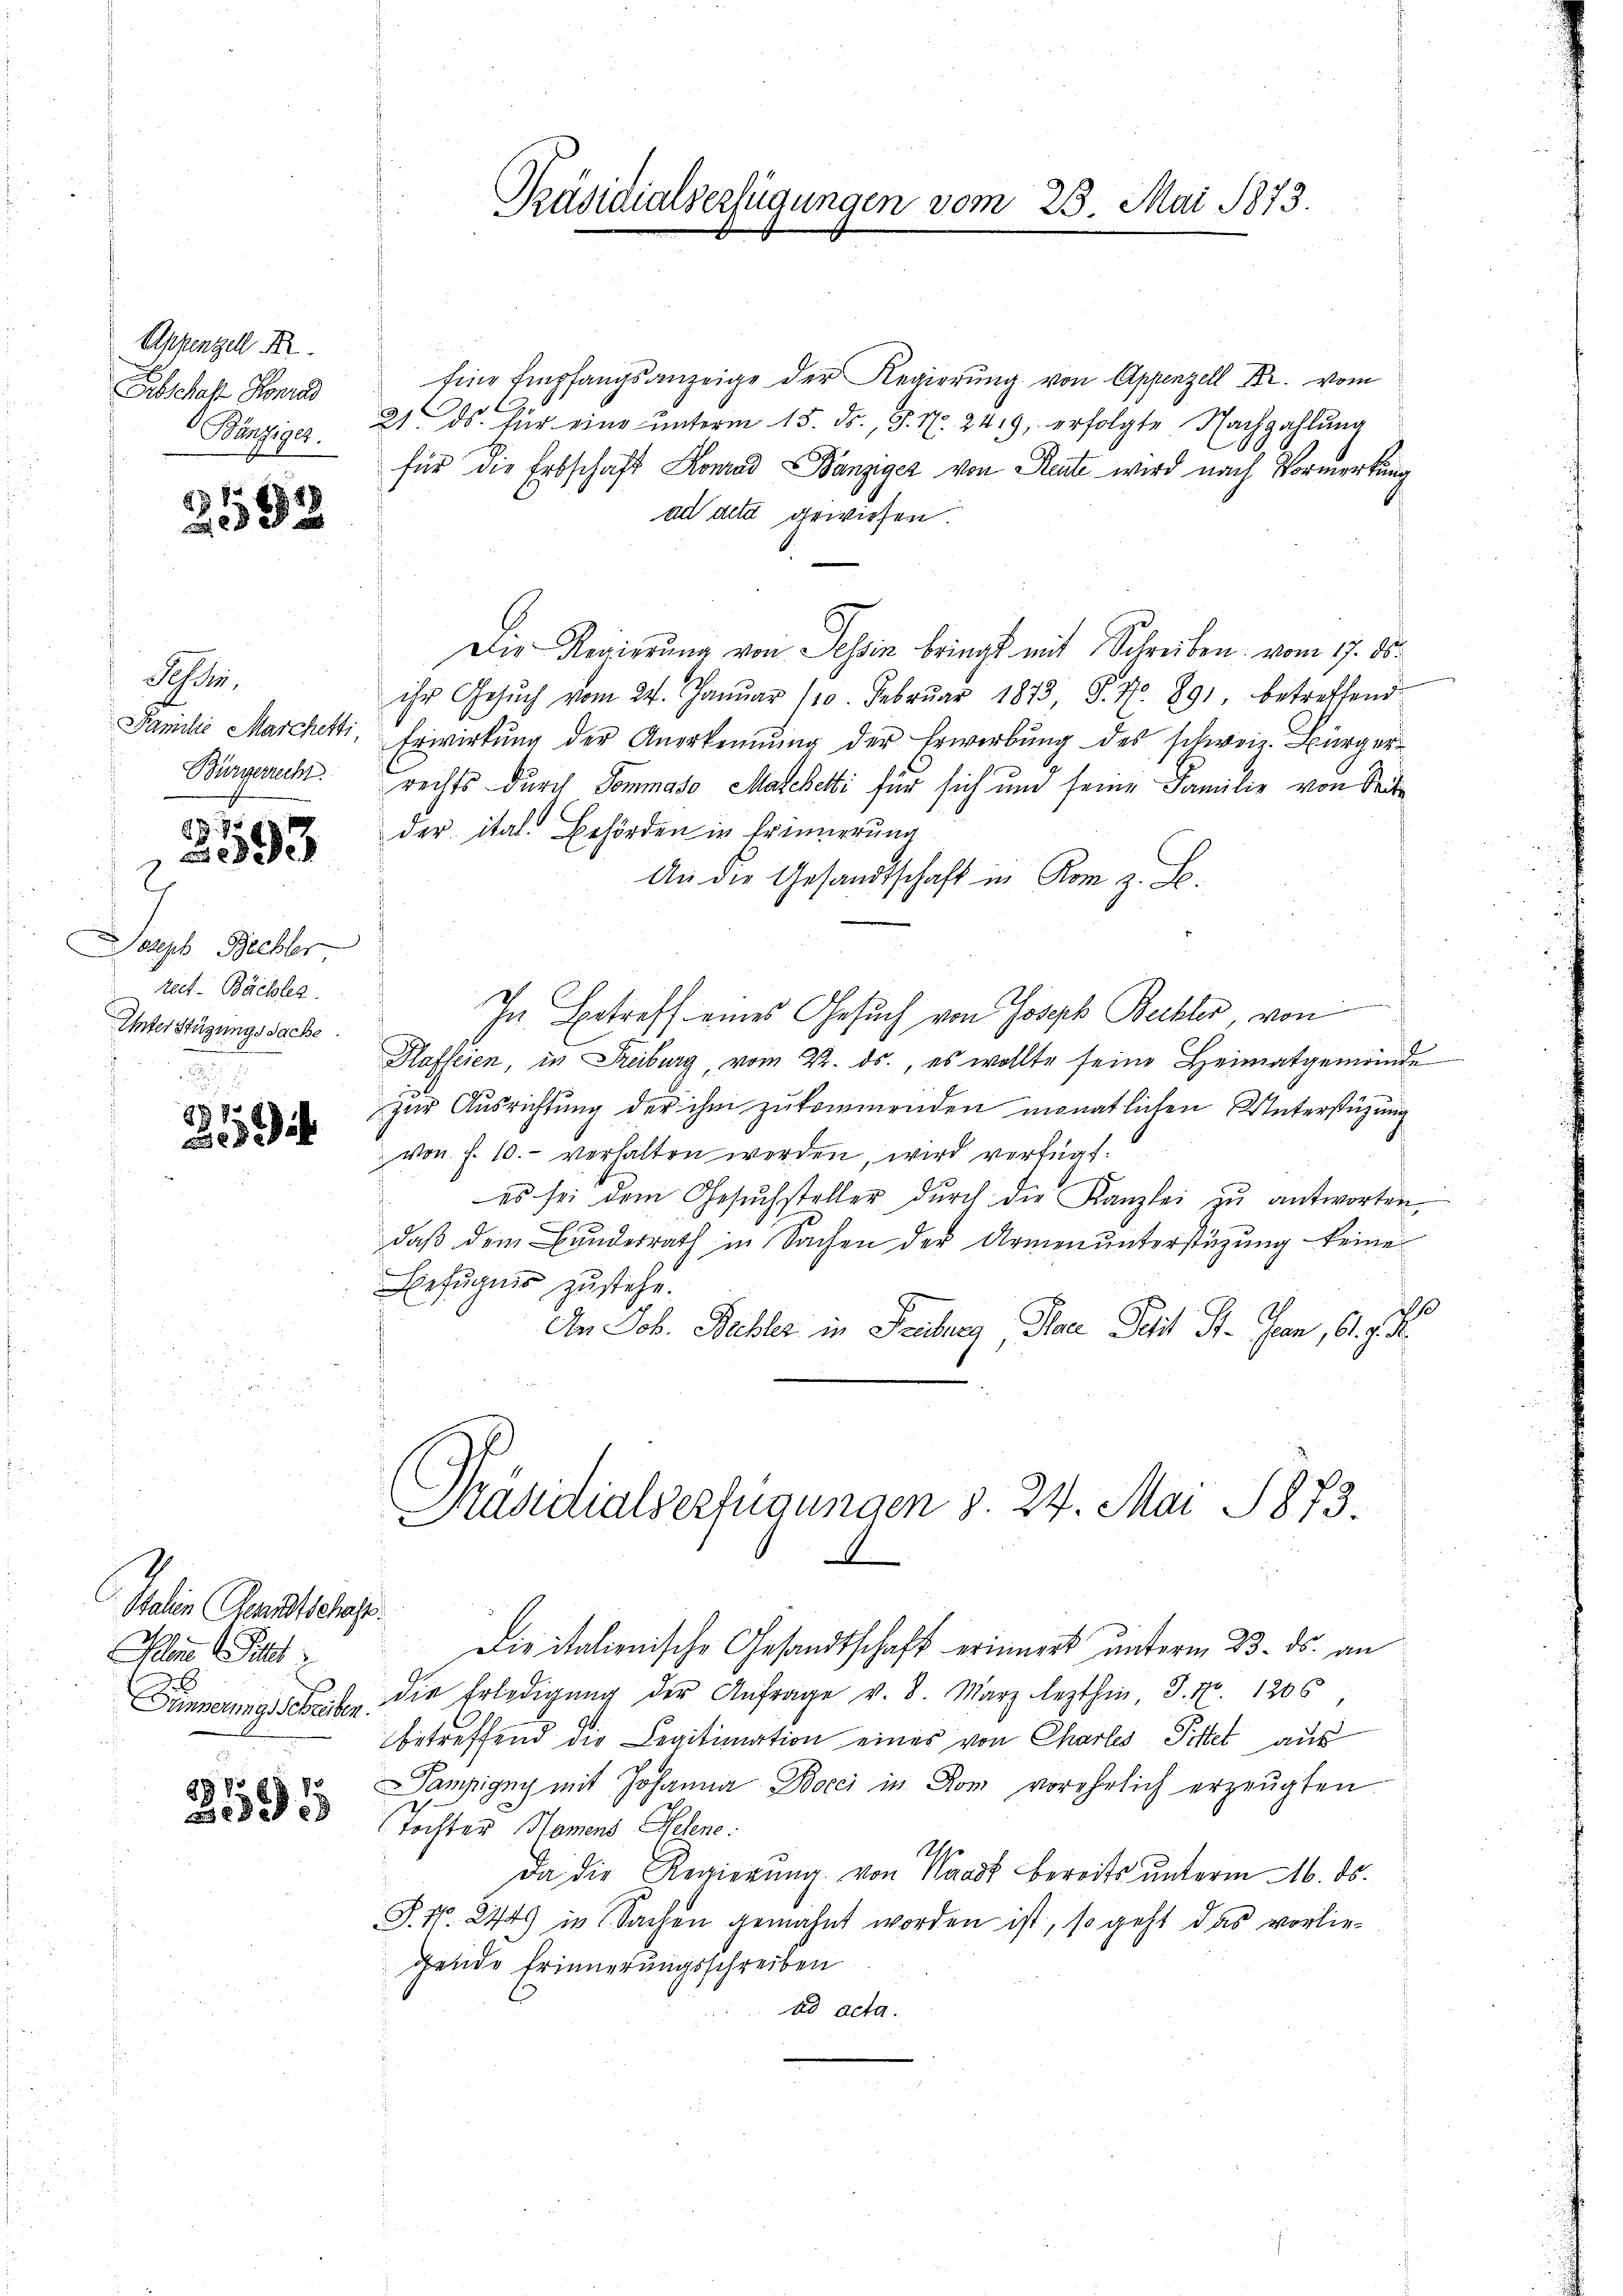
Appenzell A.
Gibschaft Konrad
Bänziger.

188
1 x
2 x

Schr
Familie Marchetti,
Bürgerrecht

852.
393

e
2
Joseph Rechter
rect. Bächler.
Unter Stüzungssache.

882
4

Italien Kenntschaft
Plane ist
E

298.
3

Eine Empfangsanzeige der Regierung von Appenzell Fr. vom
21. ds. für eine ŭnterm 15. ds., S. Nr. 249, erfolgte Nachzahlŭng
für die Erbschaft Konrad Bänziger von Reute wird nach Vormerkung
ad der gewiesen.
Die Regierung von Tessin bringt mit Schreiben vom 17. ds.
ihr Gesŭch vom 24. Januar 110. Febrŭar 1873, S. Nr. 891. betreffend
Erwirkung der Anerkennung der Erwerbung des schweiz. Bürgerrechts durch Sommaso Maschetti für sich und seine Familie von Seite
der ital. Behörden in Erinnerung
An die Gesandtschaft in Rom z. S.
In Betreff eines Gesuch von Joseph Buchler, von
Plaffeien, in Freiburg, vom 22. ds., es wollte seine Heimatgemeinde
zur Ausrichtung der ihm zukommenden monatlichen Unterstüzung
von f. 10. verhalten werden, wird verfügt:
es sei dem Gesŭchsteller dŭrch die Kanzlei zŭ antworten
daß dem Bundesrath in Sachen der Armenunterstüzung keine
Befugnis zustehe.
10
An Job. Bübler in Freiburg Plan Petit St. Jean, 61 J. M.

Die italienische Gesandtschaft erinnert unterm 23. ds. an
Sinnerungssche die Erledigung der Anfrage v. 8. März lezthin, S. Nr. 1206
betreffend die Legitimation eines von Charlis Pittet aus
Tampigny mit Johanna Bocci in Rom vorehelich erzeugten
Töchter Momens Gelene
Uer
Da die Regierung von Waadt bereits unterm 16. ds.
P. Nr. 244 in Sachen gemahnt worden ist, so geht das vorliebende Erinnerungsschreiben
ad acta.

Präsidialverfügungen vom 25. Mai 1873.

i
Käsidialverfügungen d. 24. Mai 1873.